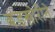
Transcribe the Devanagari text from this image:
बंडखोरीने